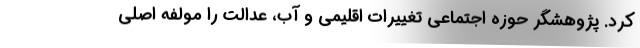
کرد. پژوهشگر حوزه اجتماعی تغییرات اقلیمی و آب، عدالت را مولفه اصلی